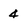
Character: 4